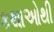
કથાઓથી